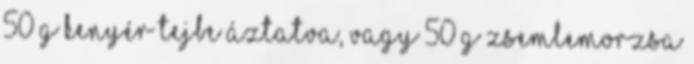
50 g kenyér tejbe áztatva, vagy 50 g zsemlemorzsa